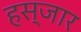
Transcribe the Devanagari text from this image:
हस्जार